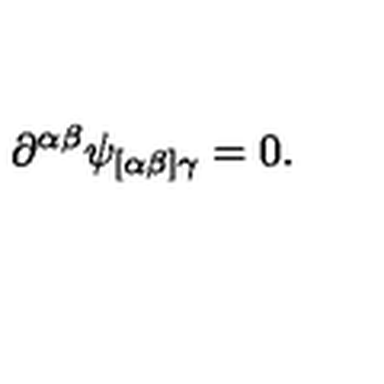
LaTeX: \partial ^ { \alpha \beta } \psi _ { [ \alpha \beta ] \gamma } = 0 .